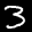
Label: 3